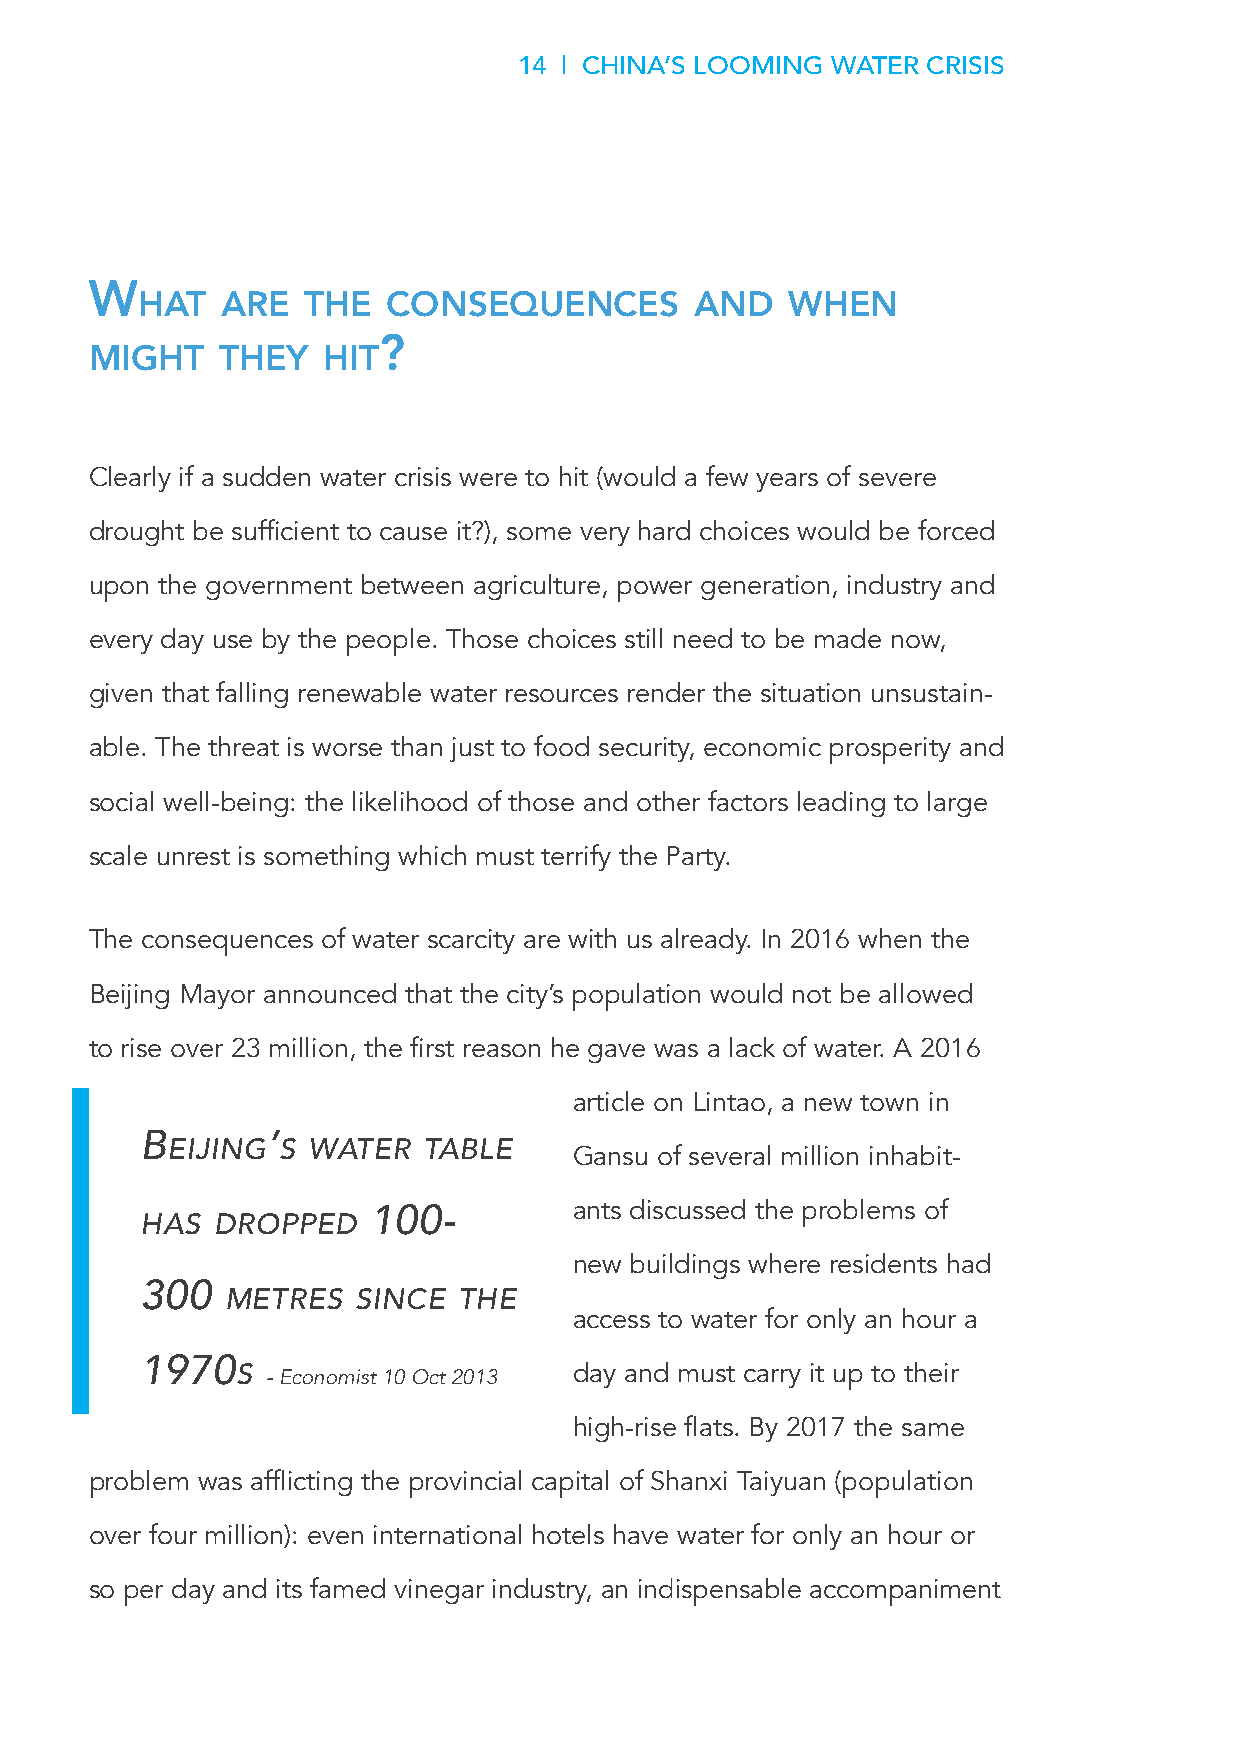
14 | CHINA’S LOOMING WATER CRISIS
 w
 Hat   are  tHe   ConsequenCes        and   wHen
 ?
 mIgHt   tHey   HIt
 Clearly if a sudden water crisis were to hit (would a few years of severe
 drought be sufficient to cause it?), some very hard choices would be forced
 upon the government between agriculture, power generation, industry and
 every day use by the people. Those choices still need to be made now,
 given that falling renewable water resources render the situation unsustain-
 able. The threat is worse than just to food security, economic prosperity and
 social well-being: the likelihood of those and other factors leading to large
 scale unrest is something which must terrify the Party.
 The consequences of water scarcity are with us already. In 2016 when the
 Beijing Mayor announced that the city’s population would not be allowed
 to rise over 23 million, the first reason he gave was a lack of water. A 2016
 article on Lintao, a new town in
 b        ’
 eIjIng S Water   table
 Gansu of several million inhabit-
 100-          ants discussed the problems of
 haS  droPPed
 new buildings where residents had
 300
 metreS  SInce  the
 access to water for only an hour a
 1970
 S - Economist 10 Oct 2013 day and must carry it up to their
 high-rise flats. By 2017 the same
 problem was afflicting the provincial capital of Shanxi Taiyuan (population
 over four million): even international hotels have water for only an hour or
 so per day and its famed vinegar industry, an indispensable accompaniment